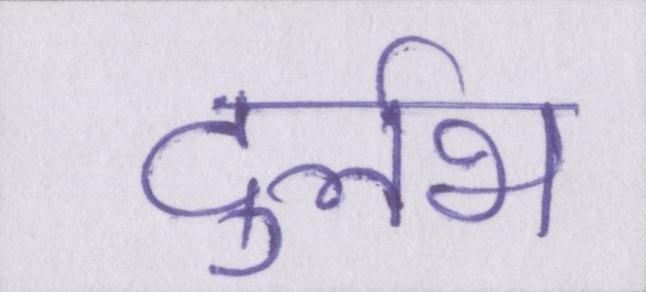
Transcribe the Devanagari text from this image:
दुर्लभ